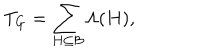
LaTeX: T _ { G } = \sum _ { H \subseteq \mathcal { B } } \Lambda ( H ) ,